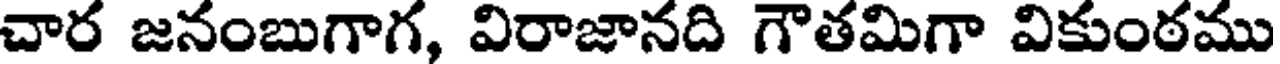
చార జనంబుగాగ, విరాజానది గౌతమిగా వికుంఠము